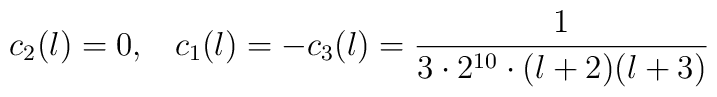
c_2(l) = 0, \; \; \; c_1(l) = -c_3(l) = {1 \over 3 \cdot 2^{10} \cdot (l+2)(l+3)}